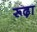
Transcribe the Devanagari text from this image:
रूढ़ा